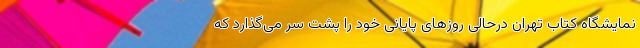
نمایشگاه کتاب تهران درحالی روز‌های پایانی خود را پشت سر می‌گذارد که